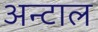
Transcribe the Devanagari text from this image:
अन्टाल